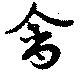
禽